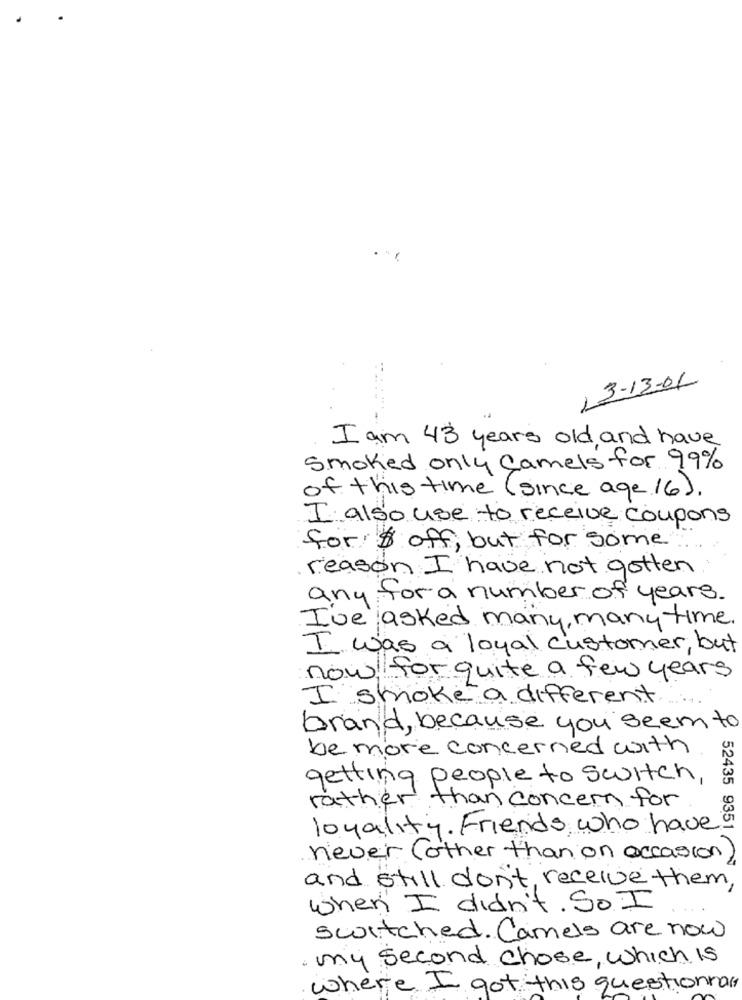
3-13-01
1
I am 43 years old and have
Smoked only Camels for 99%
of this time (since age. 16).
I also use to receive coupons
for$ off, but for some
reason I have not gotten
any for a number of years .
I've asked many, many time.
I was a loyal customer, but
now for quite a few years
I smoke a different
brand, because you seem to
be more concerned with
getting people to switch,
rather than concern for
loyality. Friends who have
52435 9351 /
never (other than on occasion
and still don't, receive them,
when I didn't. So I
switched. Camels are now
· my second chose, which is
where I got this questionnant